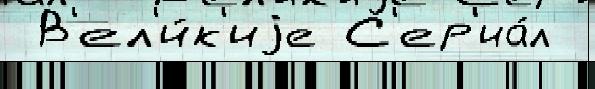
 В'ел'и́к'иjе С'ер'иа́л